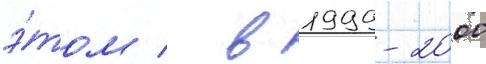
э́том / в 1999-2000